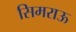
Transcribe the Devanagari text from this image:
सिमराऊ